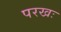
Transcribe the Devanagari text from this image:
परखः